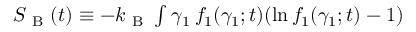
\begin{array} { r } { S _ { \mathrm { ~ B ~ } } ( t ) \equiv - k _ { \mathrm { ~ B ~ } } \int \d \gamma _ { 1 } \, f _ { 1 } ( \gamma _ { 1 } ; t ) ( \ln f _ { 1 } ( \gamma _ { 1 } ; t ) - 1 ) \, } \end{array}